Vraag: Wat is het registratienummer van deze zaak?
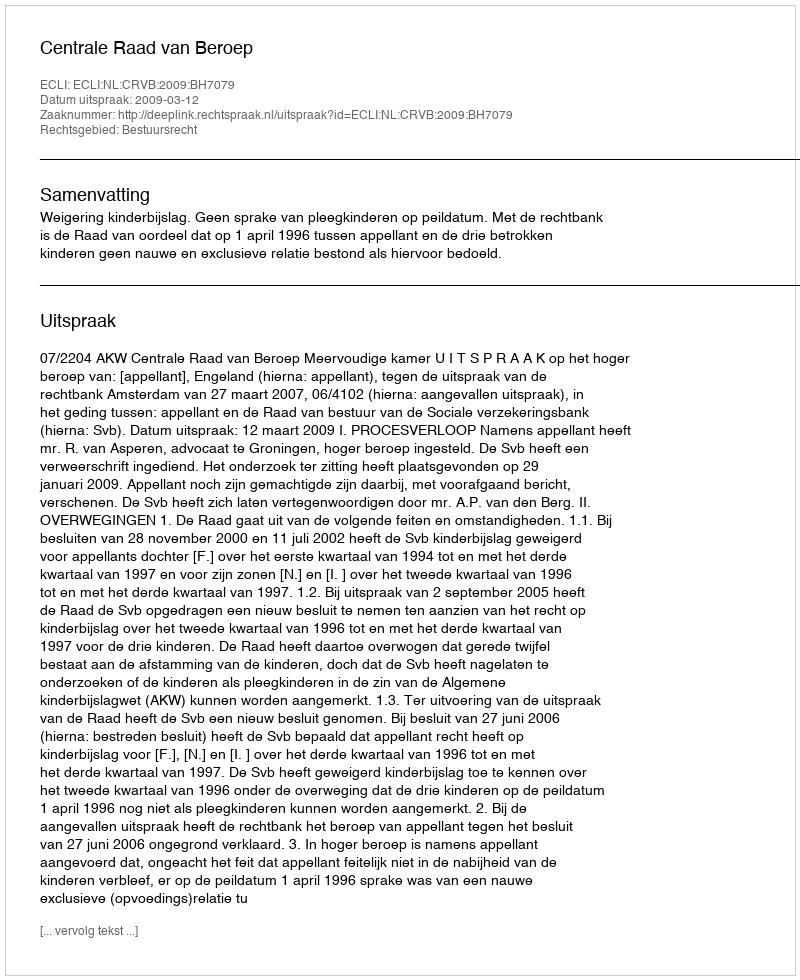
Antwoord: http://deeplink.rechtspraak.nl/uitspraak?id=ECLI:NL:CRVB:2009:BH7079